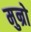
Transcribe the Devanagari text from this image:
मुन्रो